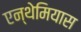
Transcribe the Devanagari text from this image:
एन्थेमियास